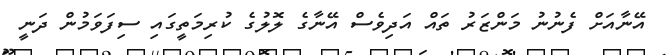
އޭނާއަށް ފެނުނު މަންޒަރު ތައް އަދިވެސް އޭނާގެ ލޮލުގެ ކުރިމަތީގައި ސިފަވަމުން ދަނީ